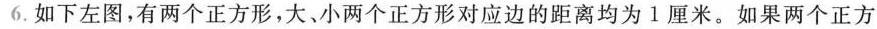
6.如下左图，有两个正方形，大、小两个正方形对应边的距离均为1厘米。如果两个正方